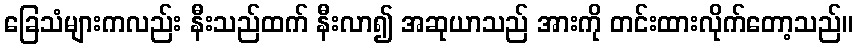
ခြေသံများကလည်း နီးသည်ထက် နီးလာ၍ အဆုယာသည် အားကို တင်းထားလိုက်တော့သည်။